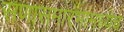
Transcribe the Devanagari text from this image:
सणासमारंभांमध्येच